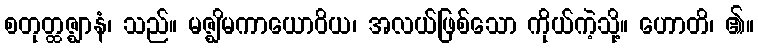
စတုတ္ထဇ္ဈာနံ၊ သည်။ မဇ္ဈိမကာယောဝိယ၊ အလယ်ဖြစ်သော ကိုယ်ကဲ့သို့။ ဟောတိ၊ ၏။